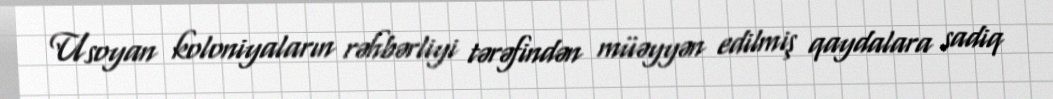
Usoyan koloniyaların rəhbərliyi tərəfindən müəyyən edilmiş qaydalara sadiq